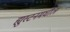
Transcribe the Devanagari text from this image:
ह्युस्टनमधील